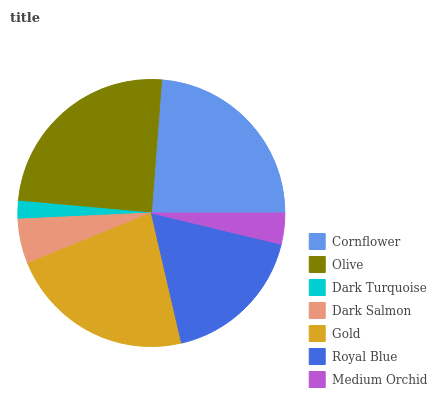
| Cornflower | Olive | Dark Turquoise | Dark Salmon | Gold | Royal Blue | Medium Orchid |
 | --- | --- | --- | --- | --- | --- | --- |
 | 23.7% | 24.8% | 2.15% | 5.41% | 22.4% | 17.7% | 3.76% |